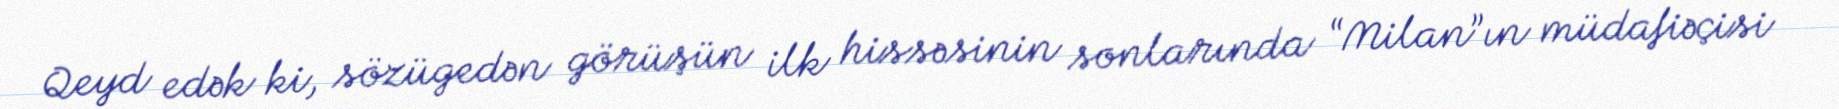
Qeyd edək ki, sözügedən görüşün ilk hissəsinin sonlarında “Milan”ın müdafiəçisi